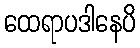
ထေရာပဒါနေပိ